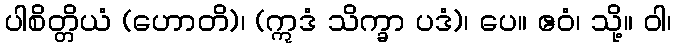
ပါစိတ္တိယံ (ဟောတိ)၊ (ဣဒံ သိက္ခာ ပဒံ)၊ ပေ။ ဧဝံ၊ သို့။ ဝါ၊